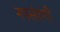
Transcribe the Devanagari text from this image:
नपसंदगी